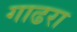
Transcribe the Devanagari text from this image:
गाढरा